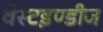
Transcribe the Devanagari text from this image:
वेस्टइण्डीज